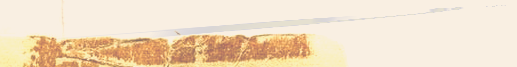
بيع وشراء الإلكترونيات ال